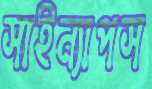
সাইন্যাপস